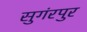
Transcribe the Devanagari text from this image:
सुगंरपुर